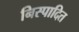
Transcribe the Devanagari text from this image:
निस्पादित